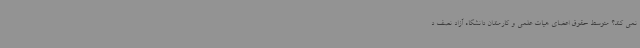
نمی کند؟ متوسط حقوق اعضای هیات علمی و کارمندان دانشگاه آزاد نصف د